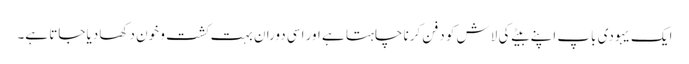
ایک یہودی باپ اپنے بیٹے کی لاش کو دفن کرنا چاہتا ہے اور اسی دوران بہت کشت و خون دکھا دیا جاتا ہے۔